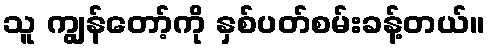
သူ ကျွန်တော့်ကို နှစ်ပတ်စမ်းခန့်တယ်။